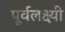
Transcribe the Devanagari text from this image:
पूर्वलक्ष्यी